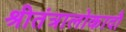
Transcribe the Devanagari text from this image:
श्रीतंत्रालोकादौ